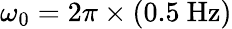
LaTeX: \omega_{0}=2\pi\times(0.5~\mathrm{Hz})